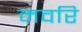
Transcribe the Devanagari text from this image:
मवरि